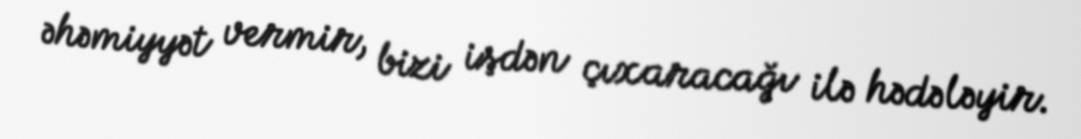
əhəmiyyət vermir, bizi işdən çıxaracağı ilə hədələyir.